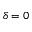
\delta = 0